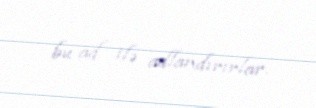
bu ad ilə adlandırırlar.